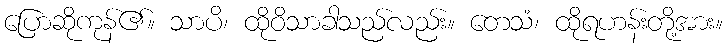
ပြောဆိုကုန်၏။ သာပိ၊ ထိုဝိသာခါသည်လည်း။ တေသံ၊ ထိုရဟန်းတို့အား။